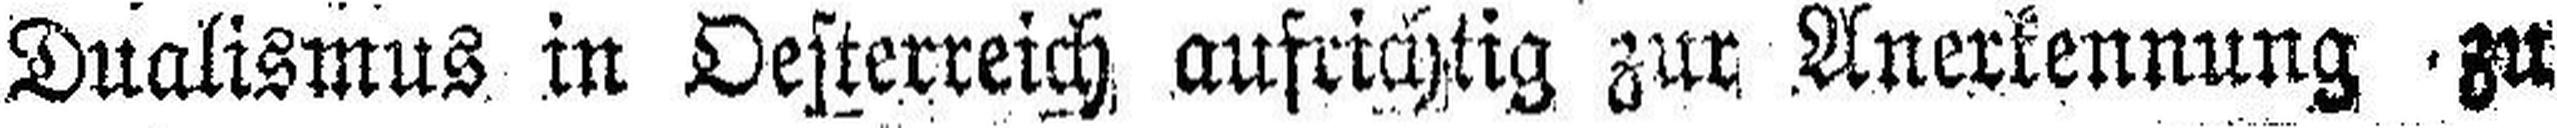
Dualismus in Oesterreich aufrichtig zur Anerkennung zu